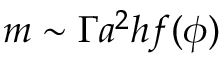
m \sim \Gamma a ^ { 2 } h f ( \phi )